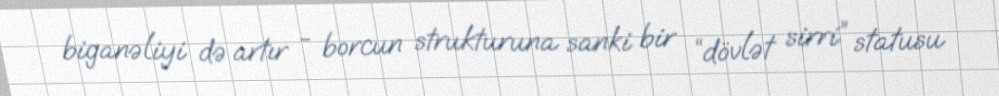
biganəliyi də artır - borcun strukturuna sanki bir “dövlət sirri” statusu